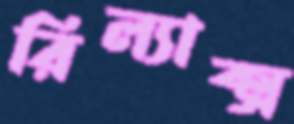
রিল্যাক্স